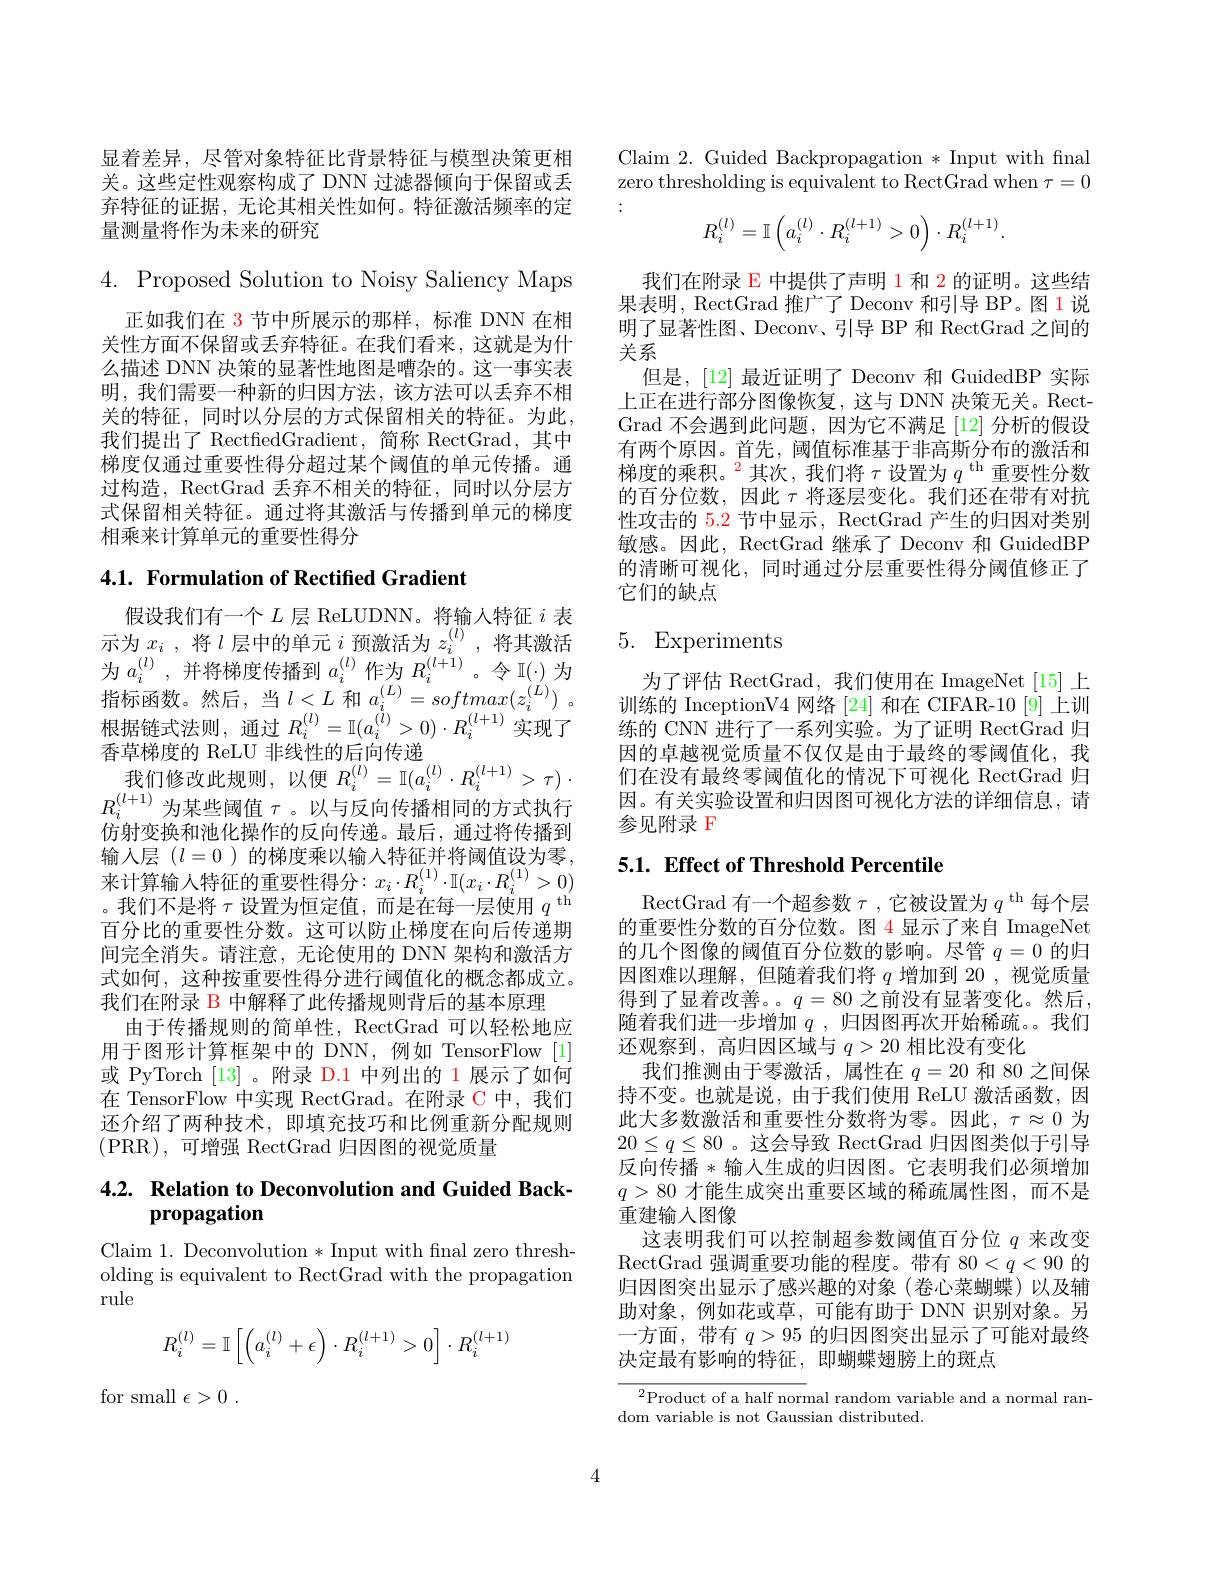
显着差异，尽管对象特征比背景特征与模型决策更相关。这些定性观察构成了 DNN 过滤器倾向于保留或丢弃特征的证据，无论其相关性如何。特征激活频率的定量测量将作为未来的研究

$4.{\mathrm{~Proposed~Solution~to~Noisy~Saliency~Maps}}$

正如我们在 3 节中所展示的那样，标准 DNN 在相关性方面不保留或丢弃特征。在我们看来，这就是为什么描述 DNN 决策的显著性地图是嘈杂的。这一事实表明，我们需要一种新的归因方法，该方法可以丢弃不相关的特征，同时以分层的方式保留相关的特征。为此， 我们提出了 RectfedGradient,简称 RectGrad,其中梯度仅通过重要性得分超过某个阈值的单元传播。通过构造，RectGrad 丢弃不相关的特征，同时以分层方式保留相关特征。通过将其激活与传播到单元的梯度相乘来计算单元的重要性得分

4.1. Formulation of Rectified Gradient

假设我们有一个$L$层 ReLUDNN。将输入特征$i$表示 为 $x_{i}$ , 将 $l$ 层 中 的 单 元 $i$ 预 激 活 为 $z_{i}^{( l) }$ , 将 其 激 活 为 $a_{i}^{( l) }$ , 并 将 梯 度 传 播 到 $a_{i}^{( l) }$ 作 为 $R_{i}^{( l+ 1) }$ $。令$ $\mathbb{I} ( \cdot )$ 为 指 标 函 数 。然 后 , 当 $l< L$ 和 $a_{i}^{( L) }$ $= softmax( z_{i}^{( L) })$ 。根 据 链 式 法 则 $R_{i}^{( l) }= \mathbb{I} ( a_{i}^{( l) }> 0) \cdot R_{i}^{( l+ 1) }$ 实 现 了香草梯度的 ReLU 非线性的后向传递
我们修改此规则，以便$R_i^{( l) }= \mathbb{I} ( a_i^{( l) }\cdot R_i^{( l+ 1) }> \tau )$ . $R_{i}^{(l+1)}$为某些阈值$\tau$。以与反向传播相同的方式执行仿射变换和池化操作的反向传递。最后，通过将传播到输入层$(l=0$ )的梯度乘以输入特征并将阈值设为零， 来计算输入特征的重要性得分$:x_i\cdot R_i^{(1)}\cdot\mathbb{I}(x_i\cdot R_i^{(1)}>0)$ 。我们不是将$\tau$设置为恒定值，而是在每一层使用$q^\mathrm{~th}$ 百分比的重要性分数。这可以防止梯度在向后传递期间完全消失。请注意，无论使用的 DNN 架构和激活方式如何，这种按重要性得分进行阈值化的概念都成立。我们在附录 B 中解释了此传播规则背后的基本原理
由于传播规则的简单性，RectGrad 可以轻松地应用于图形计算框架中的 DNN,例如 TensorFlow [1] 或 PyTorch [13] 。附录 D.1 中列出的 1 展示了如何在 TensorFlow 中实现 RectGrad。在附录 C 中，我们还介绍了两种技术，即填充技巧和比例重新分配规则(PRR),可增强 RectGrad 归因图的视觉质量

## $4. 2. \textbf{ Relation to Deconvolution and Guided Back- }$ propagation

Claim 1. Deconvolution *Input with fnal zero thresholding is equivalent to RectGrad with the propagation rule
$$R_i^{(l)}=\mathbb{I}\left[\left(a_i^{(l)}+\epsilon\right)\cdot R_i^{(l+1)}>0\right]\cdot R_i^{(l+1)}$$
for small $\epsilon > 0$ .

Claim 2. Guided Backpropagation * Input with fnal zero thresholding is equivalent to RectGrad when $\tau=0$

:
$$R_i^{(l)}=\mathbb{I}\left(a_i^{(l)}\cdot R_i^{(l+1)}>0\right)\cdot R_i^{(l+1)}.$$
我们在附录 E 中提供了声明 1 和 2 的证明。这些结果表明，RectGrad 推广了 Deconv 和引导 BP。图 1说明了显著性图、Deconv、引导 BP 和 RectGrad 之间的关系
但是，[12]最近证明了 Deconv 和 GuidedBP 实际上正在进行部分图像恢复，这与 DNN 决策无关。RectGrad 不会遇到此问题，因为它不满足[12] 分析的假设有两个原因。首先，阈值标准基于非高斯分布的激活和梯度的乘积。$^{2}$其次，我们将$\tau$设置为$q^\mathrm{th}$重要性分数的百分位数，因此$\tau$将逐层变化。我们还在带有对抗性攻击的 5.2 节中显示，RectGrad 产生的归因对类别敏感。因此，RectGrad 继承了 Deconv 和 GuidedBP 的清晰可视化，同时通过分层重要性得分阈值修正了它们的缺点

## 5. Experiments

为了评估 RectGrad,我们使用在 ImageNet[15]上训练的 InceptionV4 网络[24]和在 CIFAR-10 [9]上训练的 CNN 进行了一系列实验。为了证明 RectGrad 归因的卓越视觉质量不仅仅是由于最终的零阈值化，我们在没有最终零阈值化的情况下可视化 RectGrad 归因。有关实验设置和归因图可视化方法的详细信息，请参见附录 F

## 5.1. Effect of Threshold Percentile

RectGrad 有一个超参数$\tau$,它被设置为$q^\mathrm{~th}$每个层的重要性分数的百分位数。图 4 显示了来自 ImageNet 的几个图像的阈值百分位数的影响。尽管$q=0$的归因图难以理解，但随着我们将$q$增加到 20 ,视觉质量得到了显着改善。。$q=80$之前没有显著变化。然后， 随着我们进一步增加$q$,归因图再次开始稀疏。。我们还观察到，高归因区域与$q>20$相比没有变化
我们推测由于零激活，属性在$q=20$和 80 之间保持不变。也就是说，由于我们使用 ReLU 激活函数，因此大多数激活和重要性分数将为零。因此，$\tau\approx0$为$20\leq q\leq80$ 。这会导致 RectGrad 归因图类似于引导反向传播*输入生成的归因图。它表明我们必须增加$q>80$才能生成突出重要区域的稀疏属性图，而不是重建输入图像
这表明我们可以控制超参数阈值百分位$q$来改变RectGrad 强调重要功能的程度。带有 80$<q<90$的归因图突出显示了感兴趣的对象(卷心菜蝴蝶)以及辅助对象，例如花或草，可能有助于 DNN 识别对象。另一方面，带有$q>95$的归因图突出显示了可能对最终决定最有影响的特征，即蝴蝶翅膀上的斑点

$^{2}$Product of a half normal random variable and a normal ran-
dom variable is not Gaussian distributed.

4